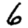
Digit: 6